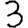
Digit: 3